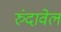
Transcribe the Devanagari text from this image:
रुंदावेल